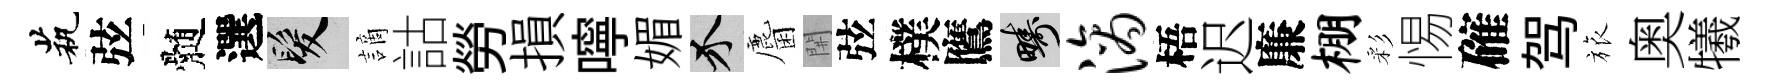
茕弦髄選髮謫詁勞損嚀媚介麕𨳩弦樸鷹疇滴梧迟廉棚彩惕確驾旅奥犧